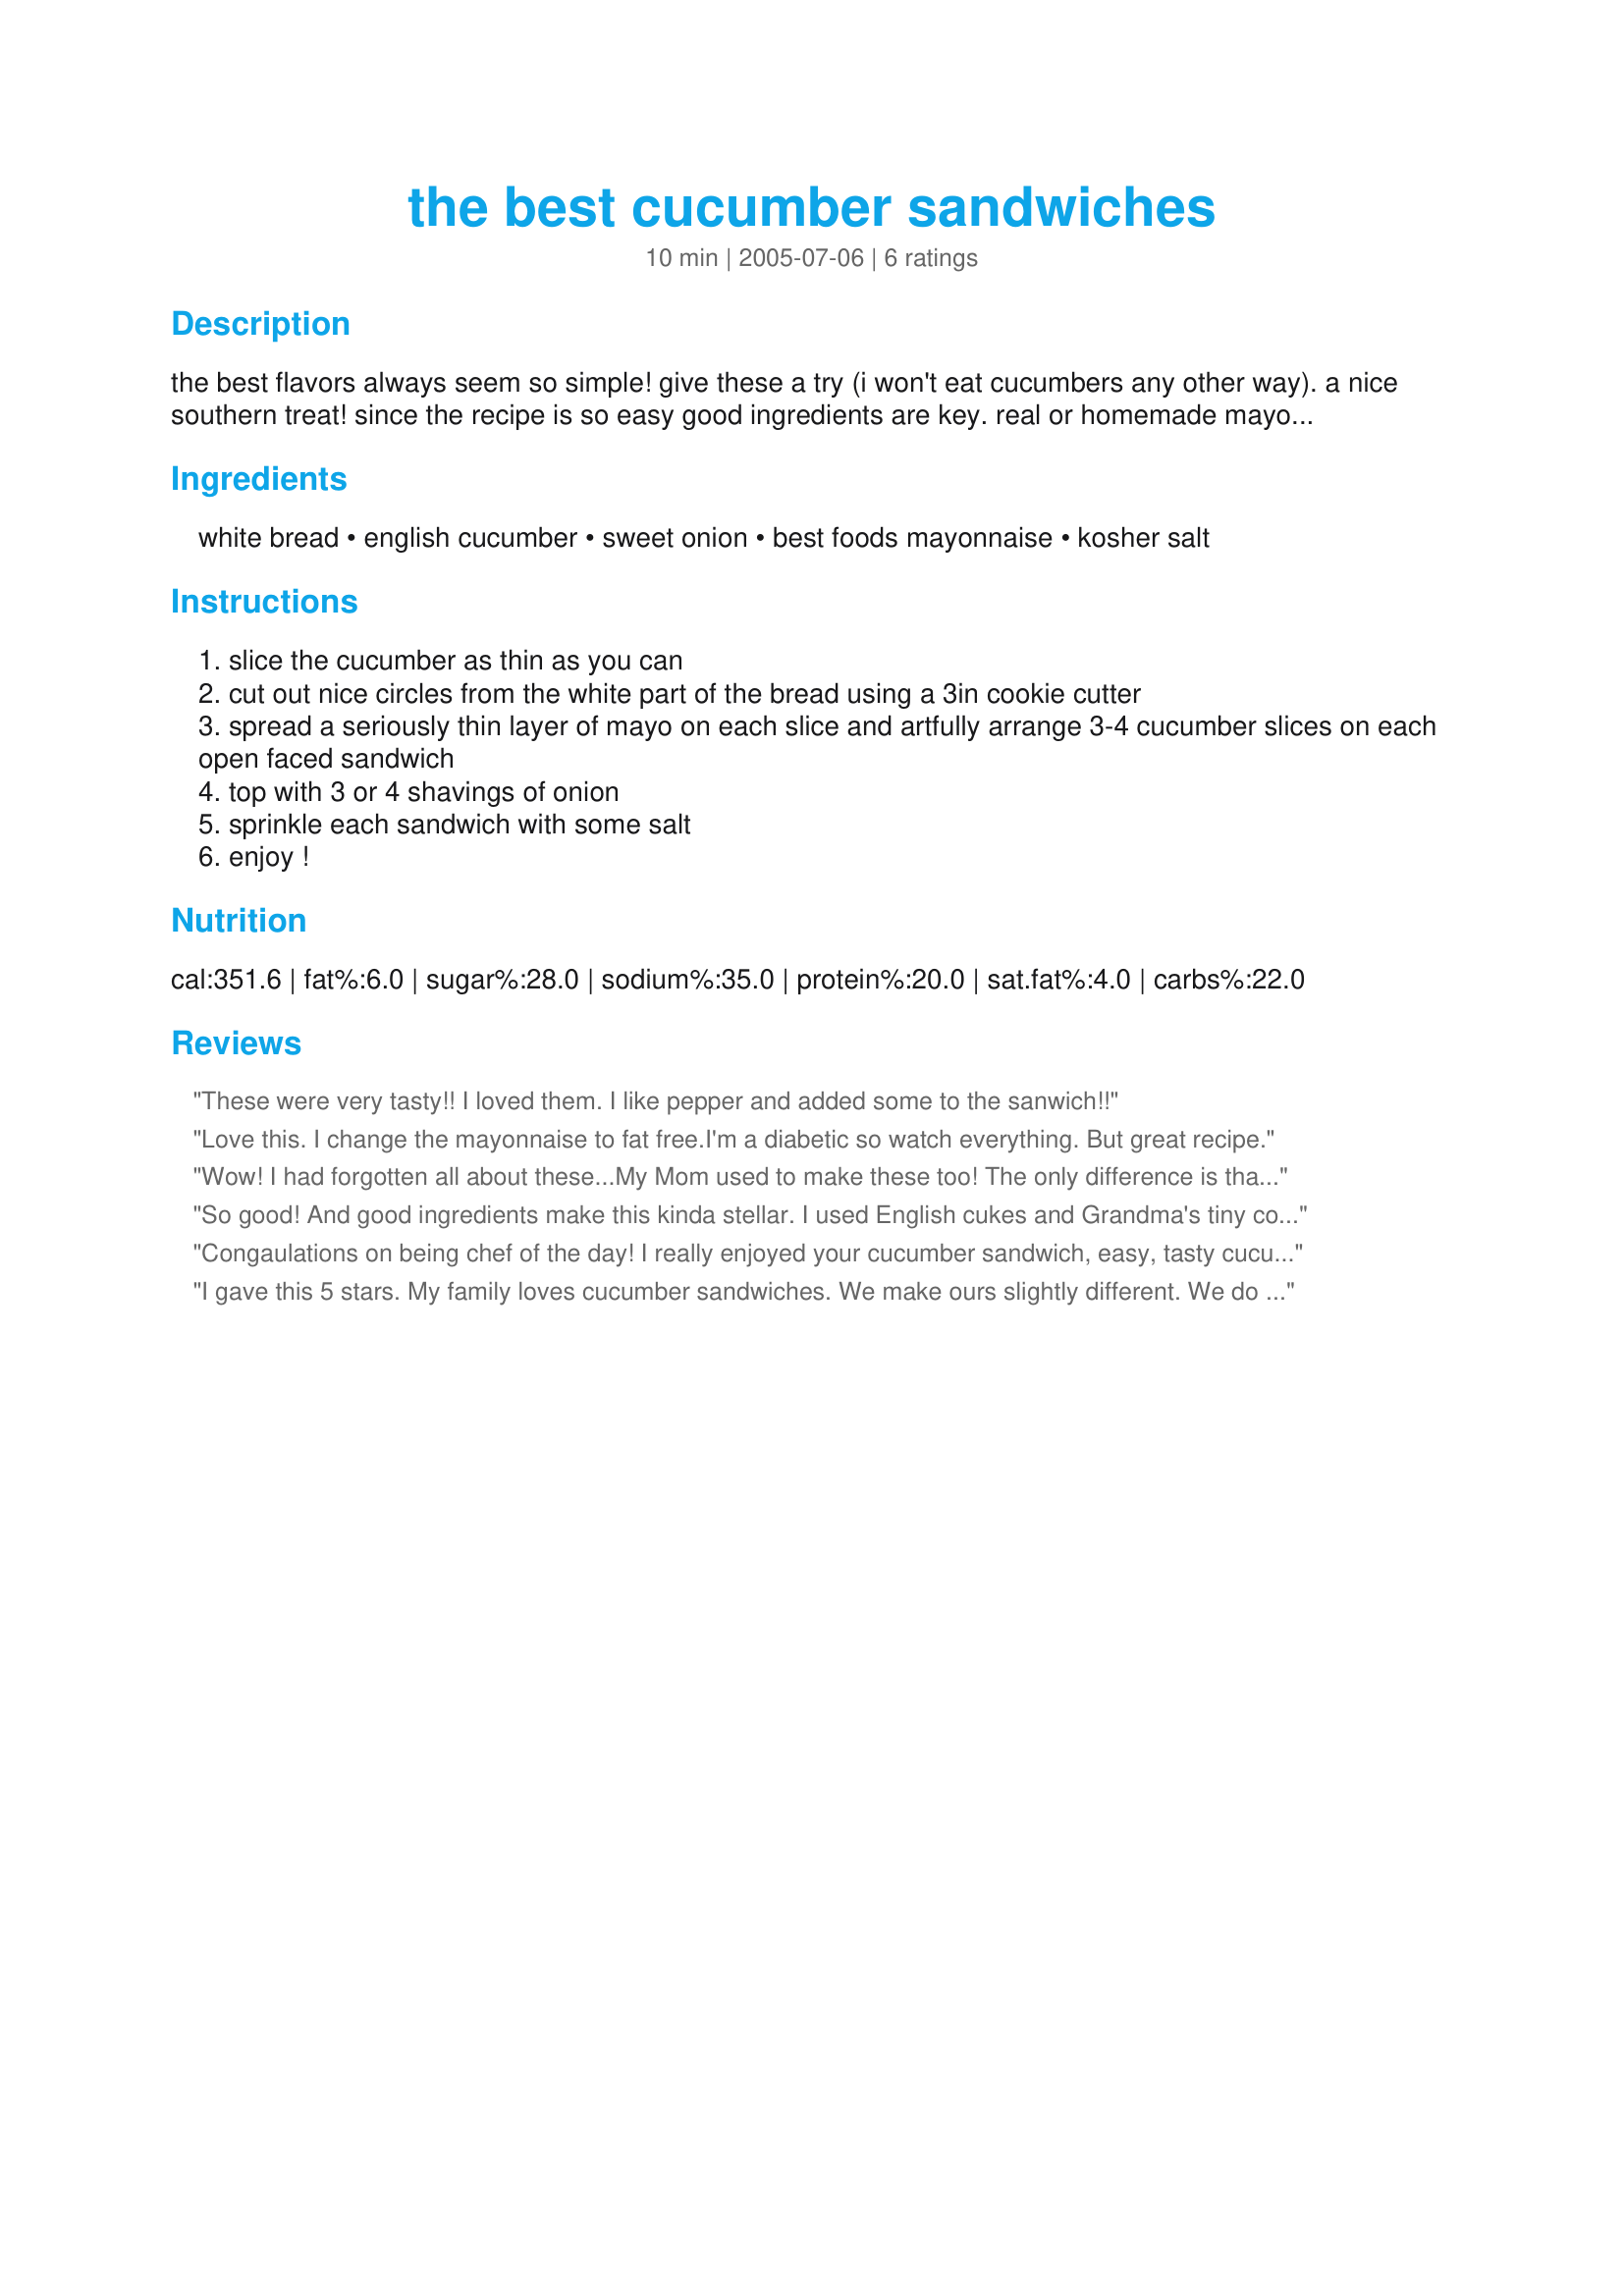
the best cucumber sandwiches
Preparation time: 10 minutes

the best flavors always seem so simple! give these a try (i won't eat cucumbers any other way). a nice southern treat! since the recipe is so easy good ingredients are key. real or homemade mayo and good salt, seedless cukes.

Ingredients:
white bread, english cucumber, sweet onion, best foods mayonnaise, kosher salt

Steps:
slice the cucumber as thin as you can
cut out nice circles from the white part of the bread using a 3in cookie cutter
spread a seriously thin layer of mayo on each slice and artfully arrange 3-4 cucumber slices on each open faced sandwich
top with 3 or 4 shavings of onion
sprinkle each sandwich with some salt
enjoy !

Reviews:
These were very tasty!! I loved them. I like pepper and added some to the sanwich!!
Love this. I change the mayonnaise to fat free.I'm a diabetic so watch everything. But great recipe.
Wow! I had forgotten all about these...My Mom used to make these too! The only difference is that she added a little pepper too. And she insisted on Hellman's mayo like your recipe mentions. Thank you for posting this and for bringing back wonderful childhood memories! Very tasty snack sandwich!!
So good! And good ingredients make this kinda stellar. I used English cukes and Grandma's tiny cookie cutter, getting 3 round finger sandwiches from each 2 slices of bread. Very pretty and simple. Thanks,<br/>Jan.
Congaulations on being chef of the day! I really enjoyed your cucumber sandwich, easy, tasty cucumber from the garden, and a good way to use it! Thanks!
I gave this 5 stars. My family loves cucumber sandwiches. We make ours slightly different. We do not use onions or cut out the bread. We spread 2 slices of white bread with mayonnaise. Then lay slices of cucumbers onto one slice of bread. Next we sprinkle with salt & pepper and top the with the other slice of bread. Thanks for posting a great recipe! Christine (internetnut)
